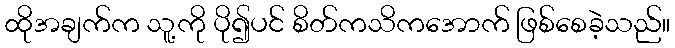
ထိုအချက်က သူ့ကို ပို၍ပင် စိတ်ကသိကအောက် ဖြစ်စေခဲ့သည်။